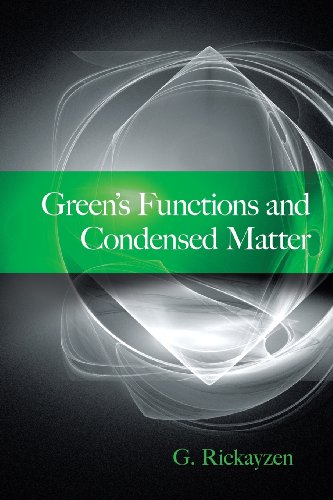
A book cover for Green's Functions and Condensed Matter (Dover Books on Physics); G. Rickayzen; Science & Math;